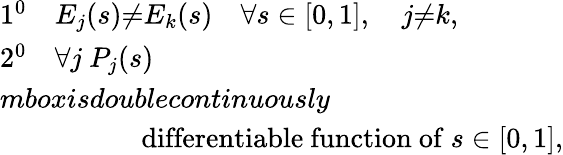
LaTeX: \begin{array}{l}{{1^{0}\quad E_{j}(s){\neq}E_{k}(s)\quad\forall s\in[0,1],\quad j{\neq}k,}}\\ {{2^{0}\quad\forall j\ P_{j}(s)}}\\ {{mbox{isdoublecontinuously}}}\\ {{\qquad\qquad\quad\mathrm{differentiable~function~of}\ s\in[0,1],}}\end{array}